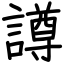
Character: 譐